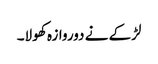
لڑکے نے دوروازہ کھولا۔